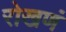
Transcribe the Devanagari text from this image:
रोखणं